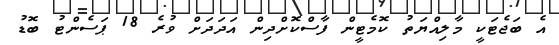
އެ ބަޖެޓަކީ މާލިއްޔަތު ކޮމެޓީން ފާސްކޮށްދިން އަދަދަށް ވުރެ 18 ޕަސެންޓު ބޮޑު